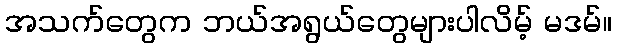
အသက်တွေက ဘယ်အရွယ်တွေများပါလိမ့် မဒမ်။